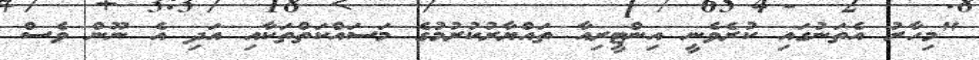
"މިހާރު އެތަނުގައި ކުރެވެނީ އިންޓީރިއާ ތައްޔާރުކުރުމުގެ މަސައްކަތްތަކާއި އަދި އެ ނޫން ވެސް